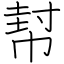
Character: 幇